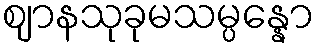
ဈာနသုခုမသမ္ပန္နော